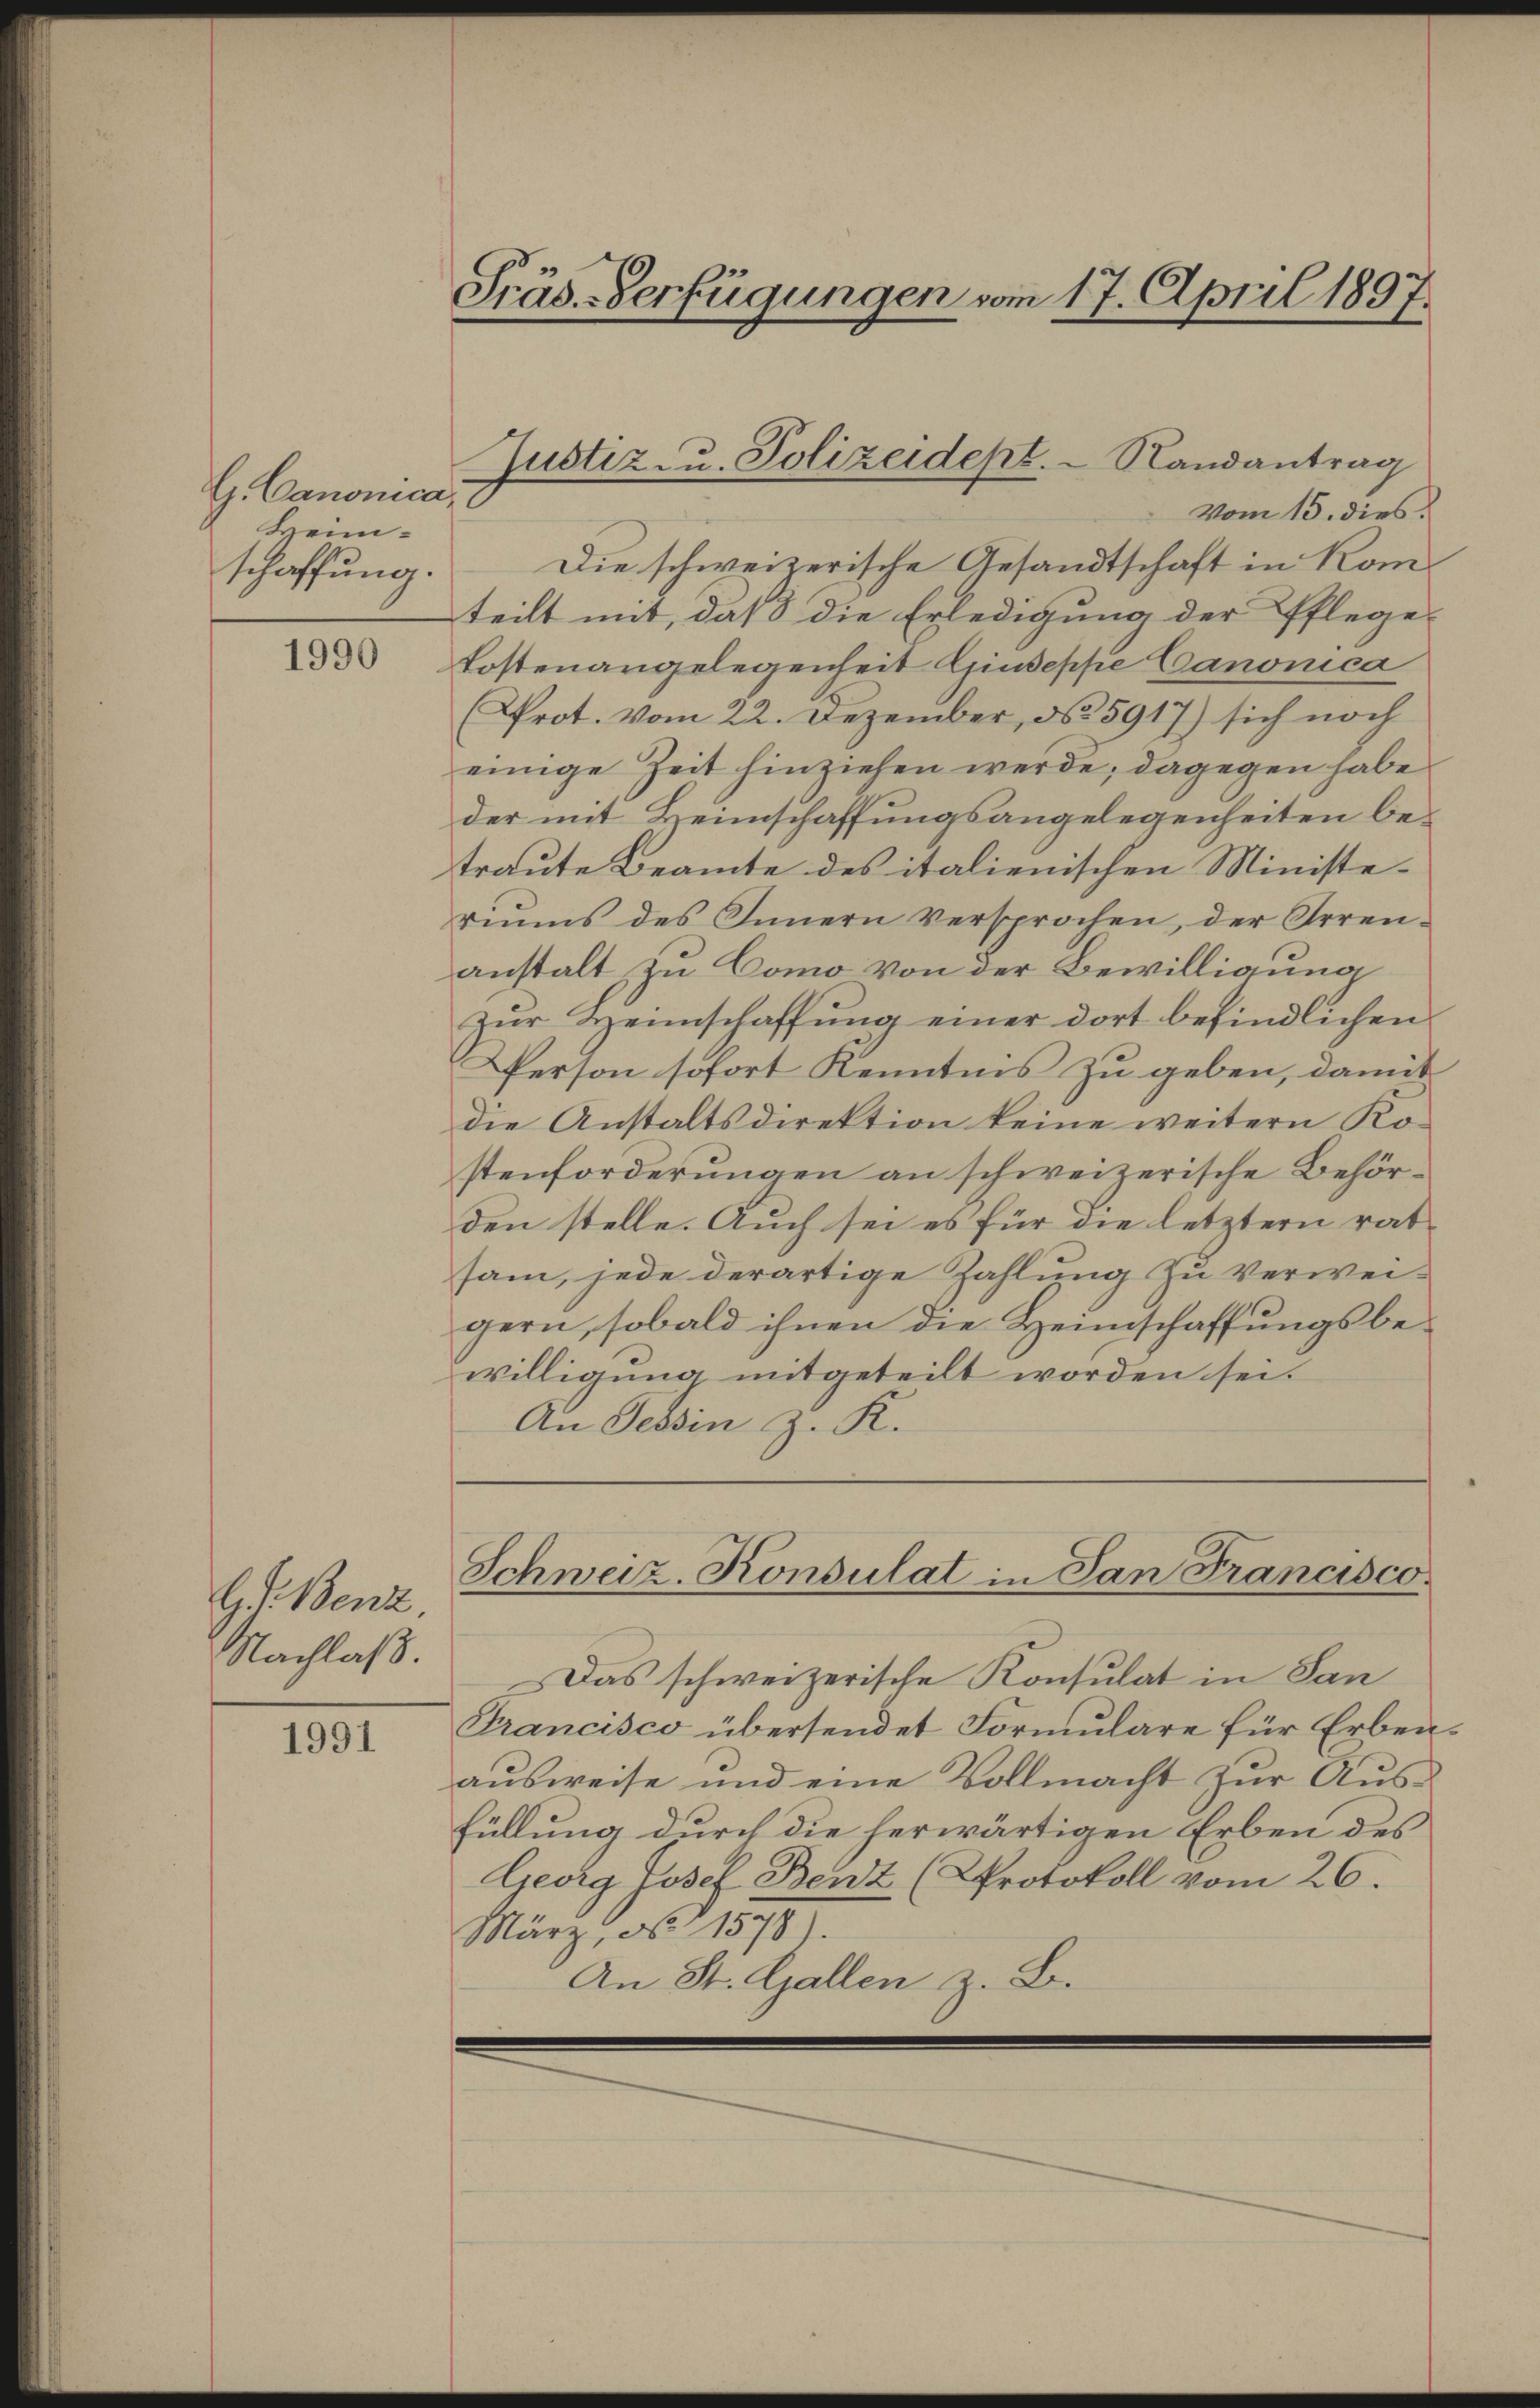
G. Canonica,
Heim-
schaffung.

1990

G. d. Benz.
Nachlaß.

1991

Präs.-Verfügungen vom 17. April 1897.

vom 15. dies
Die schweizerische Gesandtschaft in Komteilt mit, daß die Erledigung der Pflege-
Tostenangelegenheit Giuseppe Canonica
(Prot. vom 22. Dezember, No 5917) sich noch
einige Zeit hinziehen werde; dagegen habe
der mit Heimschaffungsangelegenheiten betraute Beamte des italienischen Ministeriums des Innern versprochen, der Arren-
anstalt zu Como von der Bewilligung
zur Heimschaffung einer dort befindlichen
Person sofort Kenntnis zu geben, damit
die Anstaltsdirektion keine weitern Kostenforderungen an schweizerische Behörden stelle. Auch sei es für die letztern ratsam, jede derartige Zahlung zu verwei-
gern, sobald ihnen die Heimschaffungsbewilligung mitgeteilt worden sei.
An Tessin z. K.

Justiz- u. Polizeidept. - Randantrag

Schweiz. Konsulat in San Francisco

Das schweizerische Konsulat in San
Francisco übersendet Formulare für Erben.
ausweise und eine Vollmacht zur Ausfüllung durch die herwärtigen Erben des
Georg Josef Benz (Protokoll vom 26.
März, No 1578).
An St. Gallen z. B.